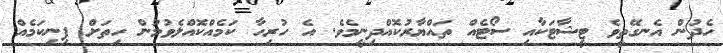
ހެދުން އެނގޭތީވެ ޓީޝާޓަކާއި ސޯޓެއް ތައްޔާރުކޮއްދިނީމެވެ. އެ ހުރިހާ ކަމެއްކޮއްލެވުމުން ހިތަށް ފިނިކަމެއް